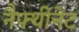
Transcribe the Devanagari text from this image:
नैफ्थीनेट